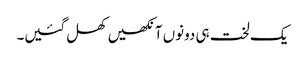
یک لخت ہی دونوں آنکھیں کھل گئیں۔